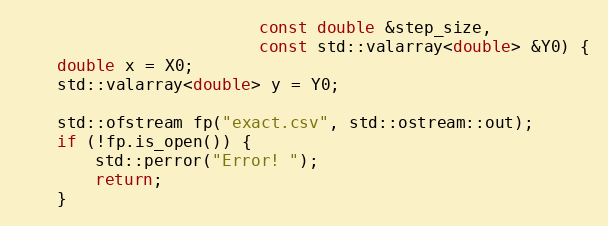
Language: C++
                         const double &step_size,
                         const std::valarray<double> &Y0) {
    double x = X0;
    std::valarray<double> y = Y0;

    std::ofstream fp("exact.csv", std::ostream::out);
    if (!fp.is_open()) {
        std::perror("Error! ");
        return;
    }